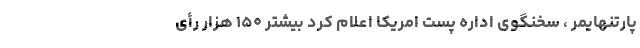
پارتنهایمر ، سخنگوی اداره پست امریکا اعلام کرد بیشتر ۱۵۰ هزار رأی